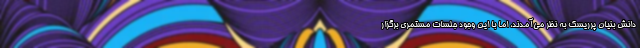
دانش بنیان پرریسک به نظر می‌آمدند، اما با این وجود جلسات مستمری برگزار